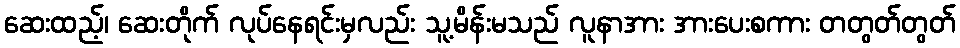
ဆေးထည့်၊ ဆေးတိုက် လုပ်နေရင်းမှလည်း သူ့မိန်းမသည် လူနာအား အားပေးစကား တတွတ်တွတ်